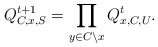
\begin{align*} Q_{C,x,S}^{t+1}=\prod_{y\in C\setminus x}Q_{x,C,U}^t.\end{align*}